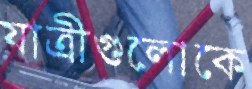
যাত্রীগুলোকে